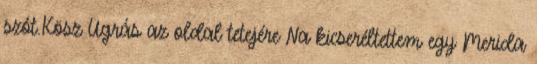
szót.Kösz Ugrás az oldal tetejére Na kicseréltettem egy Merida